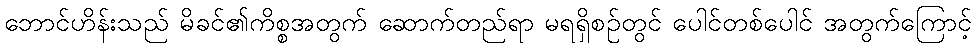
ဘောင်ဟိန်းသည် မိခင်၏ကိစ္စအတွက် ဆောက်တည်ရာ မရရှိစဉ်တွင် ပေါင်တစ်ပေါင် အတွက်ကြောင့်